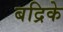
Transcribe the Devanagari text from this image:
बद्रिके